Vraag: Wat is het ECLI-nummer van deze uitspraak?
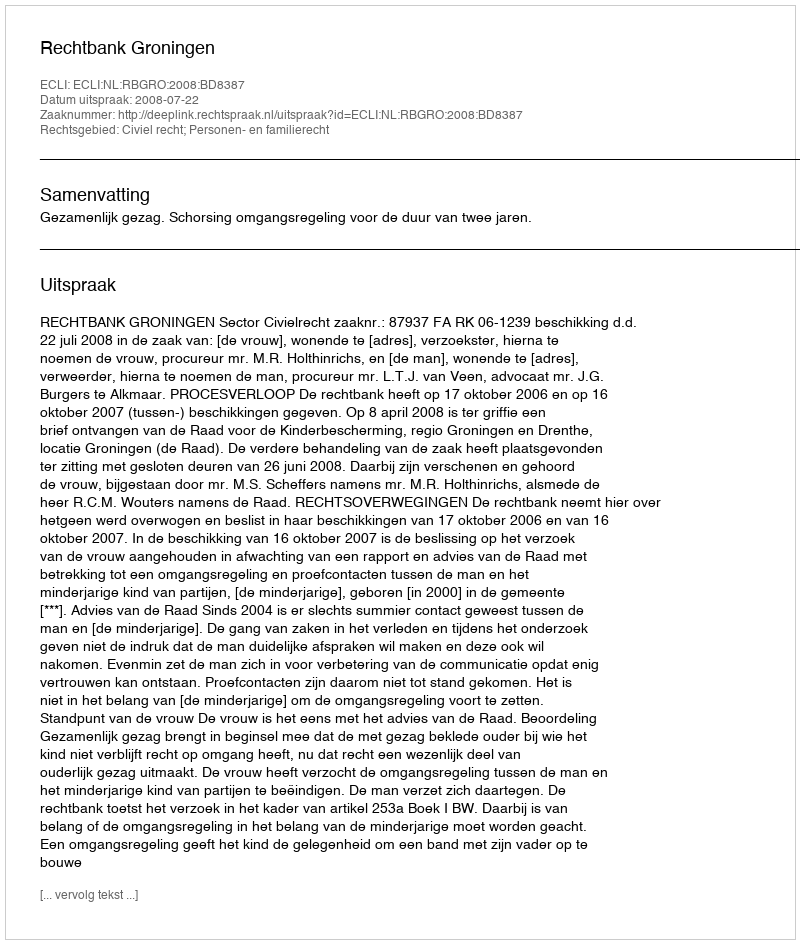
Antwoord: ECLI:NL:RBGRO:2008:BD8387